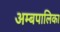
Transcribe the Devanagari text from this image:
अम्बपालिका